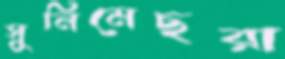
সুনিমেছরা